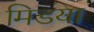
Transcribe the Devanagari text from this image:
मिडया